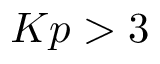
K p > 3